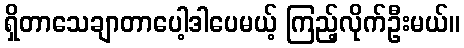
ရှိတာသေချာတာပေါ့ဒါပေမယ့် ကြည့်လိုက်ဦးမယ်။